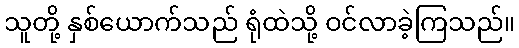
သူတို့ နှစ်ယောက်သည် ရုံထဲသို့ ဝင်လာခဲ့ကြသည်။